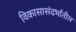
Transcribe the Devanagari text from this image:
विकासासंदर्भातील